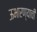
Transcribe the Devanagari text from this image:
ऊभारण्याची